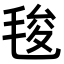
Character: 𭯚